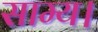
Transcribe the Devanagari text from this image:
साम्य।